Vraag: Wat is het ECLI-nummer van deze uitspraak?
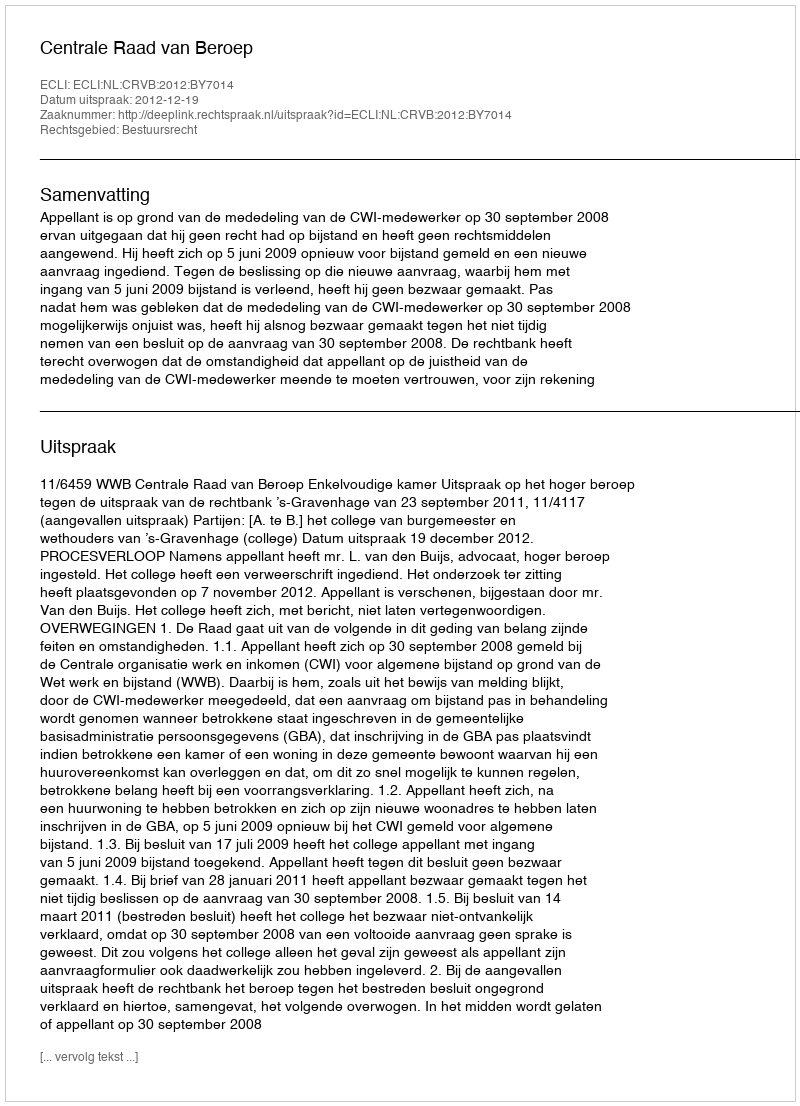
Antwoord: ECLI:NL:CRVB:2012:BY7014